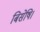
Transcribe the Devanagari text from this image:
बिसेषि।